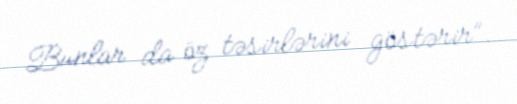
Bunlar da öz təsirlərini göstərir”.